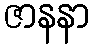
ဇာနနာ